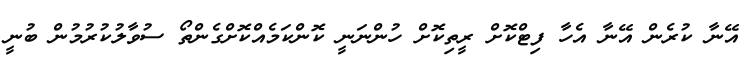
އޭނާ ކުރެން އޭނާ އެހާ ފިޓްކޮށް ރީތިކޮށް ހުންނަނީ ކޮންކަމެއްކޮށްގެންތޯ ސުވާލުކުރުމުން ބުނީ